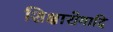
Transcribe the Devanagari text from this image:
शिक्षारोगादि